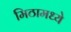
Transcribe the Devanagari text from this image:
मिठामध्ये